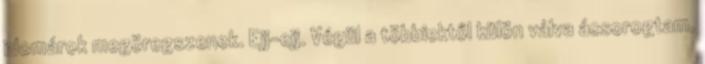
idomárok megöregszenek. Ejj-ejj. Végül a többiektől külön válva ácsorogtam,